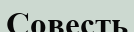
Совесть